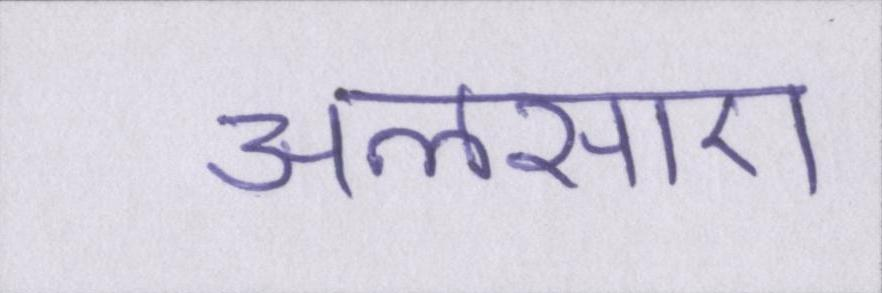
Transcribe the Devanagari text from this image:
अलसाए